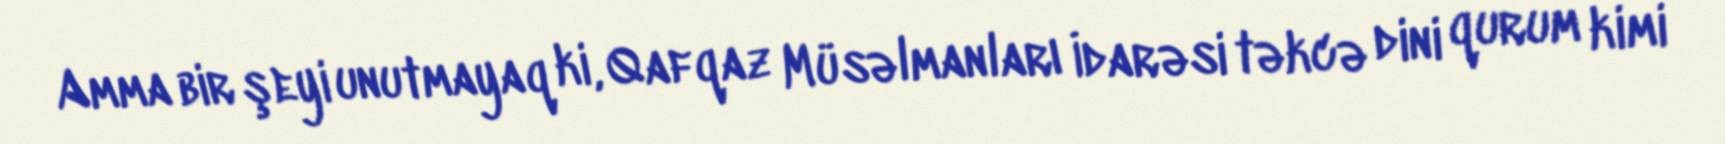
Amma bir şeyi unutmayaq ki, Qafqaz Müsəlmanları İdarəsi təkcə dini qurum kimi